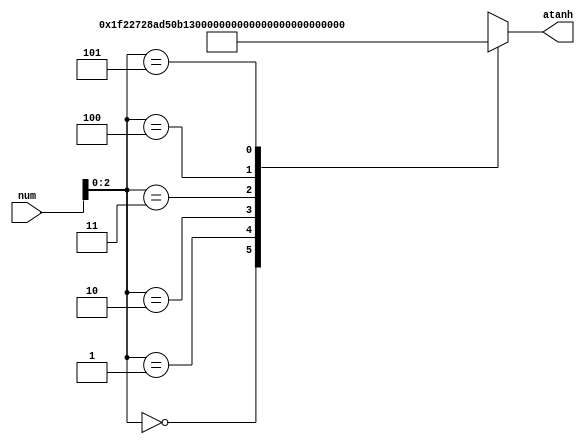


module pre_atanh_lut (
    input [6-1:0] num,
    output reg signed [26-1:0] atanh
);
    
wire signed [26-1:0] pre_atanh_table [0:5];  

assign pre_atanh_table[0] = 26'b00011111001000100111001010;
assign pre_atanh_table[1] = 26'b00101011010101000010110001;
assign pre_atanh_table[2] = 26'b00110110111100011001110010;
assign pre_atanh_table[3] = 26'b01000010010010100100011110;
assign pre_atanh_table[4] = 26'b01001101100000011100101001;
assign pre_atanh_table[5] = 26'b01011000101010010000001111;

always @(*) begin
    atanh = pre_atanh_table[num];
end

endmodule